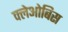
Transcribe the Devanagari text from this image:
क्लेओबिस